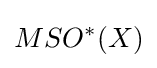
MSO^{*}(X)